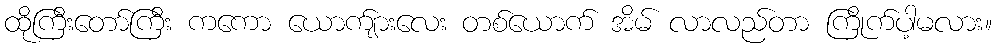
ထိုကြီးတော်ကြီး ကကော ယောက်ျားလေး တစ်ယောက် အိမ် လာလည်တာ ကြိုက်ပါ့မလား။